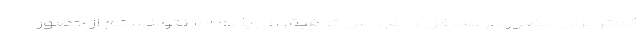
کمتر برای حضور در محافل و مجالس توفیق می‌یابم اما نتوانستم از حضور